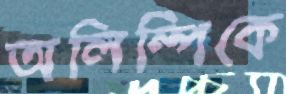
অলিম্পিকে